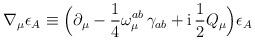
LaTeX: \begin{align*}\nabla_\mu \epsilon_A \equiv \Bigl (\partial_\mu -\frac{1}{4}\omega^{ab}_\mu \, \gamma_{ab} +\mbox{i}\,\frac{1}{2} Q_\mu \Bigr ) \epsilon_A\end{align*}